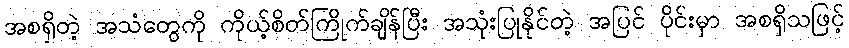
အစရှိတဲ့ အသံတွေကို ကိုယ့်စိတ်ကြိုက်ချိန်ပြီး အသုံးပြုနိုင်တဲ့ အပြင် ပိုင်းမှာ အစရှိသဖြင့်